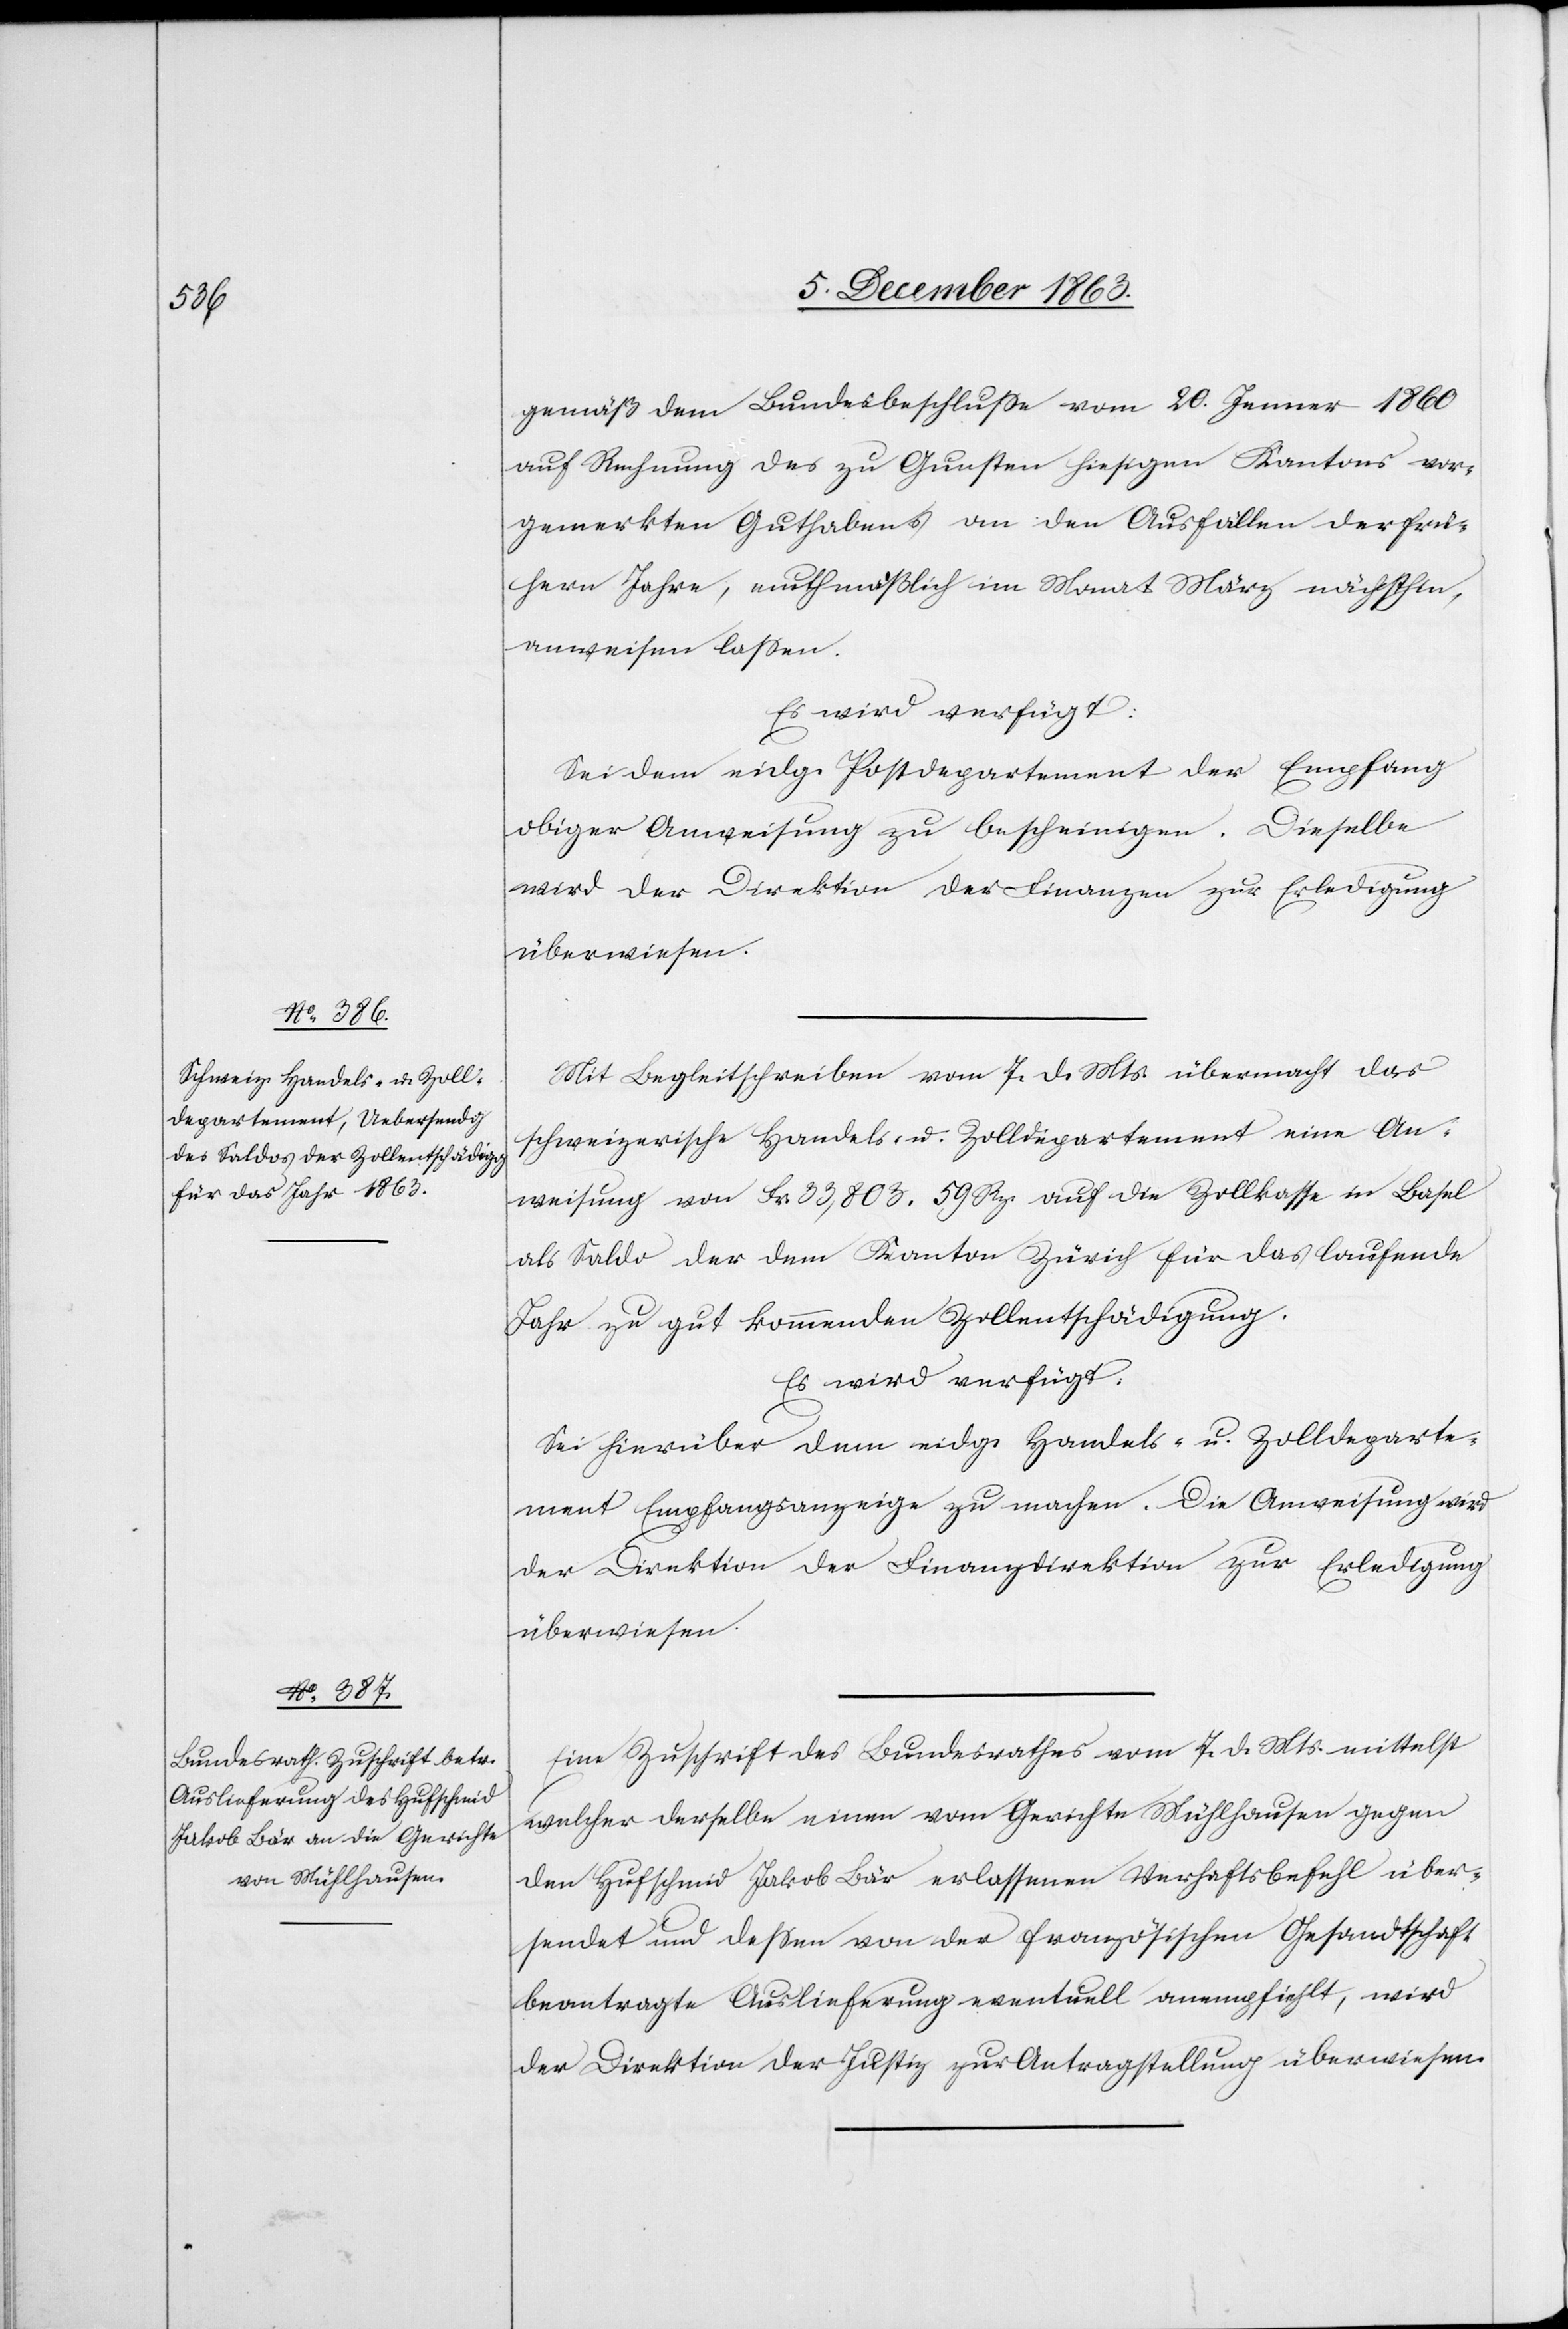
9. December 1863.]
gemäß dem Bundesbeschlusse vom 20. Jenner 1860
auf Rechnung des zu Gunsten hiesigen Kantons vor¬
gemerkten Guthabens an den Ausfällen der frü¬
hern Jahre, muthmaßlich im Monat März nächsthin
anweisen lassen.
Es wird verfügt:
Sei dem eidg. Postdepartement der Empfang
obiger Anweisung zu bescheinigen. Dieselbe
wird der Direktion der Finanzen zur Erledigung
überwiesen.
Mit Begleitschreiben vom 7. d. Mts. übermacht das
schweizerische Handels- u. Zolldepartement eine An¬
weisung von Fr. 33,803. 59 Rp. auf die Zollkasse in Basel
als Saldo der dem Kanton Zürich für das laufende
Jahr zu gut kommenden Zollentschädigung.
Es wird verfügt:
Sei hierüber dem eidg. Handels- u. Zolldeparte¬
ment Empfangsanzeige zu machen. Die Anweisung wird
der Direktion der Finanzdirektion [sic!] zur Erledigung
überwiesen.
Eine Zuschrift des Bundesrathes vom 7. d. Mts. mittelst
welcher derselbe einen vom Gerichte Mühlhausen gegen
den Hufschmid Jakob Bär erlassenen Verhaftsbefehl über¬
sendet und dessen von der französischen Gesandtschaft
beantragte Auslieferung eventuell anempfiehlt, wird
der Direktion der Justiz zur Antragstellung überwiesen.